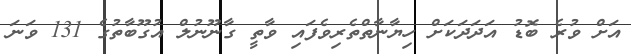
އަށް ވުރެ ބޮޑު އަދަދަކަށް ހިޔާނާތްތެރިވެފައި ވާތީ ގާނޫނުލް އުގޫބާތުގެ 131 ވަނަ